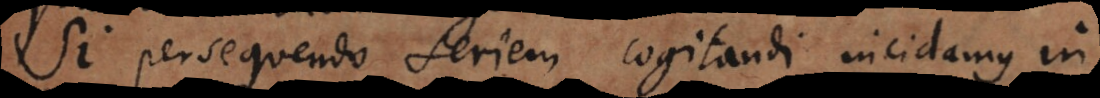
Si persequendo seriem cogitandi incidamus in